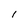
Character: l